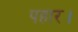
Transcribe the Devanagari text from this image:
पहार।